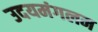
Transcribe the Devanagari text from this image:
उदयमंगलम